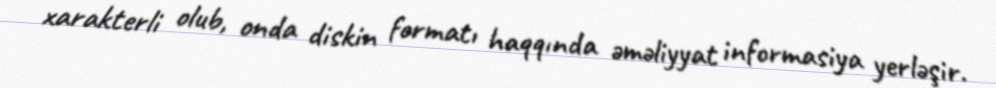
xarakterli olub, onda diskin formatı haqqında əməliyyat informasiya yerləşir.